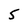
Character: 5